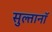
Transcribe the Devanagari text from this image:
सुल्तानॉ